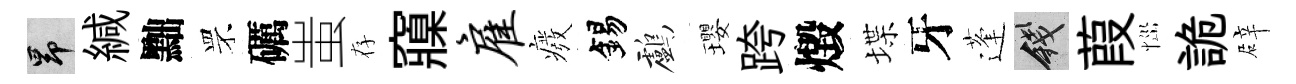
昂緘黜罘礪蚩存䆿雇癈錫鸕瓔跨燬堞牙蓬錢葭𢙉詭辟